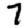
Digit: 7